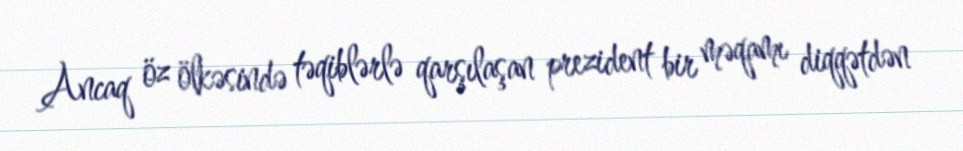
Ancaq öz ölkəsində təqiblərlə qarşılaşan prezident bir məqamı diqqətdən